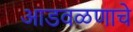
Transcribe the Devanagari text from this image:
आडवळणाचे